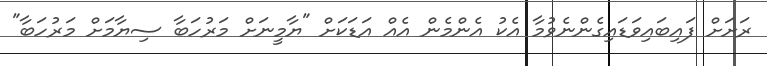
ރަށަށް ފައިބައިވަޑައިގެންނެވުމާ އެކު އެންމެން އެއް އަޑަކަށް "ޔާމީނަށް މަރުހަބާ ސިޔާމަށް މަރުހަބާ"